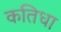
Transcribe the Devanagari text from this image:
कतिधा